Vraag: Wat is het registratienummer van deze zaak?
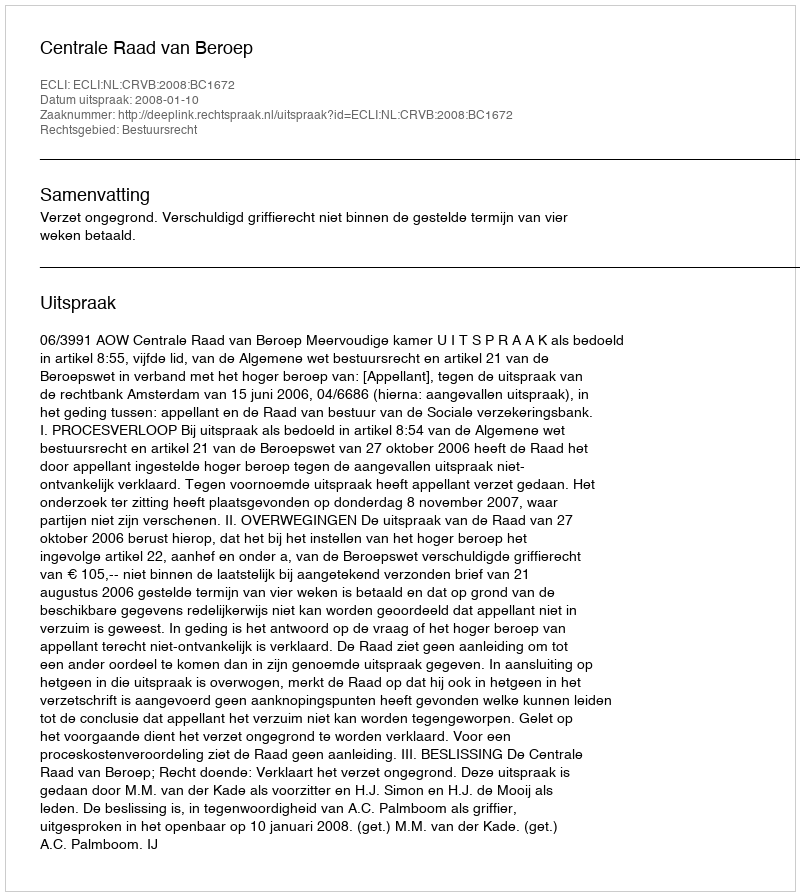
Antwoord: http://deeplink.rechtspraak.nl/uitspraak?id=ECLI:NL:CRVB:2008:BC1672